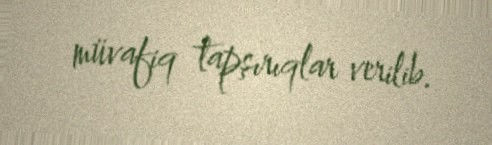
müvafiq tapşırıqlar verilib.